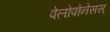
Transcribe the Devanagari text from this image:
पेलोपोनेसस्